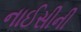
નાઈસીની